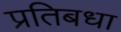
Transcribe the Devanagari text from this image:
प्रतिबधा